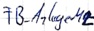
Text: FB_AnlageM2